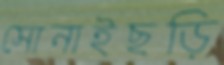
সোনাইছড়ি